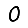
Digit: 0